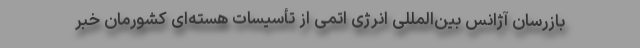
بازرسان آژانس بین‌المللی انرژی اتمی از تأسیسات هسته‌ای کشورمان خبر